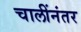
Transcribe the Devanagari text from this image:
चालींनंतर